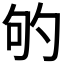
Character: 𭇕